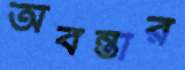
অবন্তীর